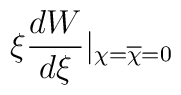
\xi \frac{dW}{d\xi }|_{\chi ={\overline{\chi}} =0}